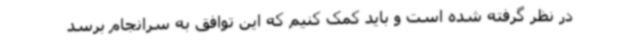
در نظر گرفته شده است و باید کمک کنیم که این توافق به سرانجام برسد